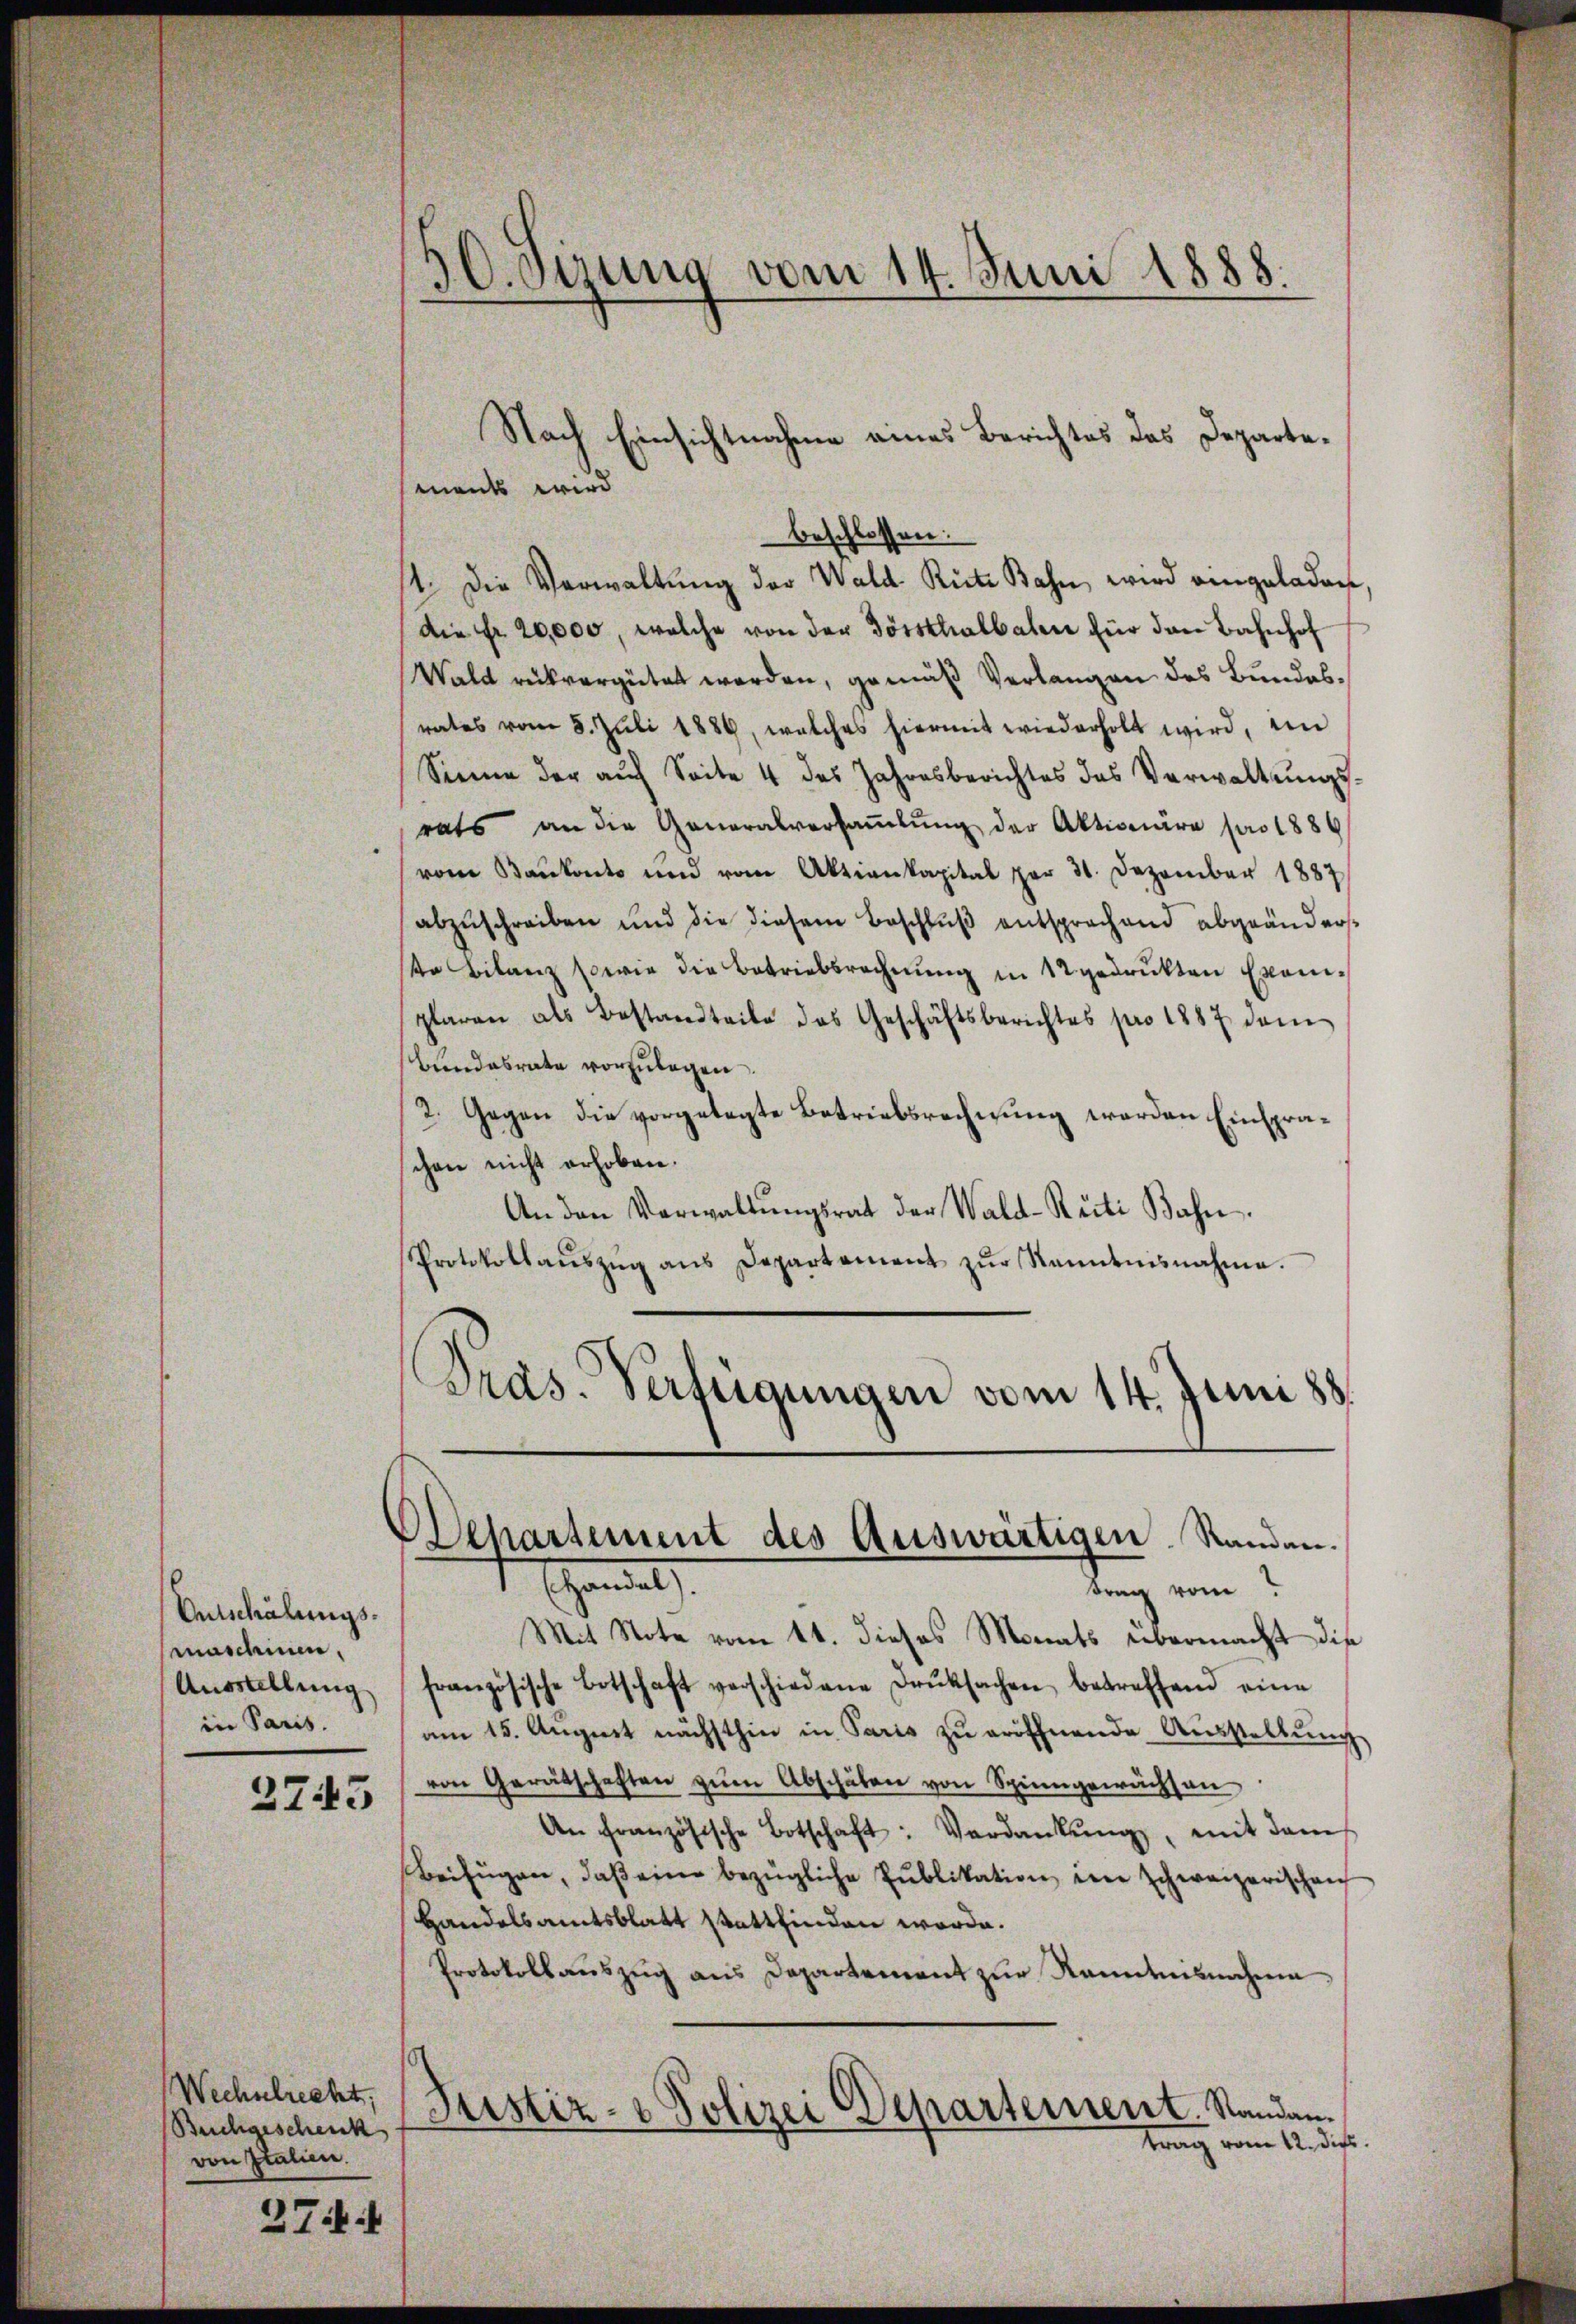
Entschälungsmaschien.
Ausstellung
in Paris.
3743

Wechschrecht,
Buchgeschenk
von Italien.

274.

30. Setzung vom 14. Juni 1888.

Nach Einsichtnahme eines Berichtes des Departebeschlossen:
4. Die Verwaltung der Wald Ritz Bahn, wird eingeladen
Die Fr. 20,000, welche von der Gössthalbalen für den Bahnhof
Wald rükvergütet werden, gemäß Verlangen des Bundesrates vom 5. Juli 1886, welches hiermit wiederholt wird, an
Siena der aŭf Seite 4 des Jahresberichtes das Verwaltŭngs-
rats an die Generalversaṁlŭng der Aktionäre pro 1886
vom Baŭkonto und vom Aktienkapital par 31. Dezember 1887
abzŭschreiben und die diesem Beschlŭβ entsprechend abgeänders
ste Bilanz sowie die Betriebbrechnŭng in 12 gedrukten Exoni-
plaren als Bestandteile des Geschäftsberichtes pro 1887 dem
Bundesrate vorzulegen.
2. Gegen die vorgetagte Betriebsrechnung werden Einspraschen nicht erhoben.
An den Verwaltŭngsrat der Wald-Reiti Bahn.
Protokollaŭszŭg ans Departement zŭr Kenntnisnahme.
Pras. Verfügungen vom 14. Juni 88.

ments wird

handel
trag vom
Mit Note vom 11. dieses Monats übermacht die
französische Botschaft verschiedene Druksachen betreffend eine
am 15. Aŭgust nächsthin in Paris zŭ eröffnende Ausstellŭng
von Gerätschaften zŭm Abschaben von Spinngewächsen
An Französische Botschaft: Verdankŭng, mit dem
Beifügen, daβ eine bezügliche Publikation in schweizerischen
Handelsamtsblatt stattfinden werde.
Protokollauszug aus Departement zur Kenntnisnahme
Justiz- & Polizei Departement. Standen.
trag vom 12. dies.

Departement des Auswärtigen. Standen.